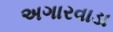
અગારવાડા